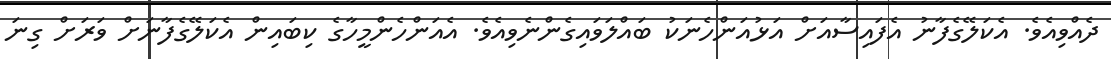
ދެއްވިއެވެ. އެކަލޭގެފާނު އެފައިސާއަށް އަޅުއަންހެނަކު ބައްލަވައިގެންނެވިއެވެ. އެއަންހެންމީހާގެ ކިބައިން އެކަލޭގެފާނަށް ވަރަށް ގިނަ